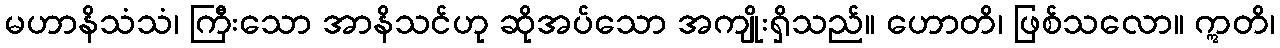
မဟာနိသံသံ၊ ကြီးသော အာနိသင်ဟု ဆိုအပ်သော အကျိုးရှိသည်။ ဟောတိ၊ ဖြစ်သလော။ ဣတိ၊